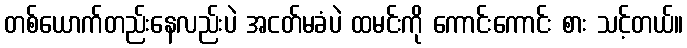
တစ်ယောက်တည်းနေလည်းပဲ အငတ်မခံပဲ ထမင်းကို ကောင်းကောင်း စား သင့်တယ်။